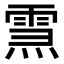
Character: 𤍱